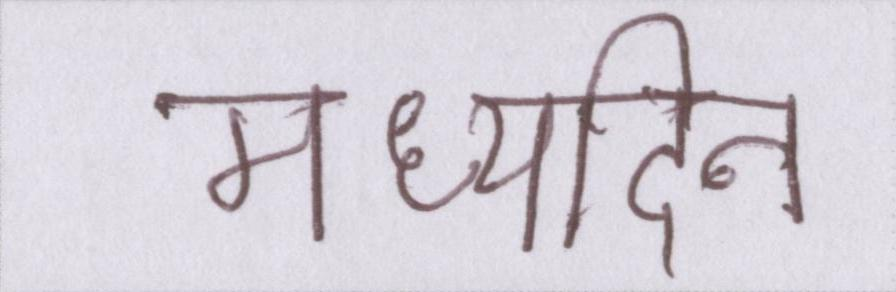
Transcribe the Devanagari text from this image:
मध्यदिन